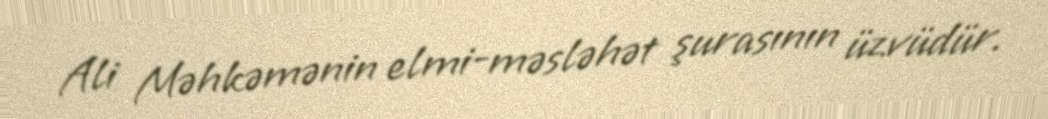
Ali Məhkəmənin elmi-məsləhət şurasının üzvüdür.